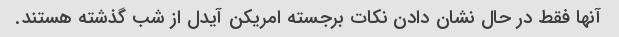
آنها فقط در حال نشان دادن نکات برجسته امریکن آیدل از شب گذشته هستند.